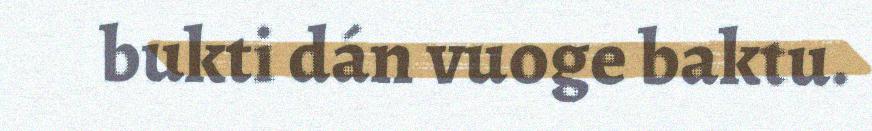
bukti dán vuoge baktu.